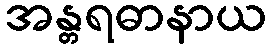
အန္တရဓာနာယ